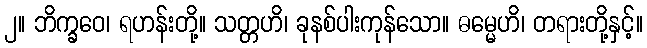
၂။ ဘိက္ခဝေ၊ ရဟန်းတို့။ သတ္တဟိ၊ ခုနစ်ပါးကုန်သော။ ဓမ္မေဟိ၊ တရားတို့နှင့်။